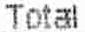
TOTAL